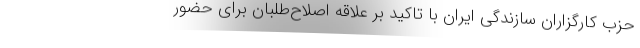
حزب کارگزاران سازندگی ایران با تاکید بر علاقه اصلاح‌طلبان برای حضور